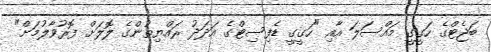
ބަޖެޓްގެ ހަގީގީ މައްސަލަ އާއި "ހަގީގީ ޑެފިސިޓްގެ އަދަދު ރައްޔިތުންގެ ލޮލަށް ފޮރުވާލުމަށް"